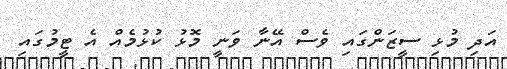
އަދި މުޅި ސީޒަންގައި ވެސް އޭނާ ވަނީ މޮޅު ކުޅުމެއް އެ ޓީމުގައި